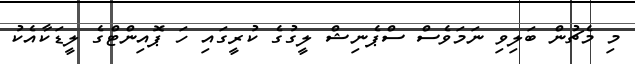
މި މެޗުން ބަލިވި ނަމަވެސް ސްޕެނިޝް ލީގުގެ ކުރީގައި ހަ ޕޮއިންޓްގެ ލީޑަކާއެކު